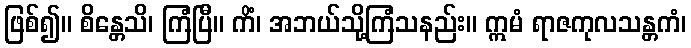
ဖြစ်၍။ စိန္တေသိ၊ ကြံပြီ။ ကိံ၊ အဘယ်သို့ကြံသနည်း။ ဣမံ ရာဇကုလသန္တကံ၊